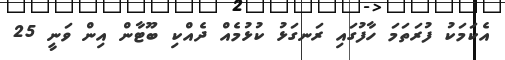
އެކަމަކު ފުރަތަމަ ހާފުގައި ރަނގަޅު ކުޅުމެއް ދެއްކި ބޫޓާން އިން ވަނީ 25